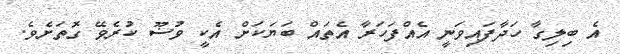
އެ ބިލިގާ ހަދާފައިވަނީ އެއްފަހަރާ އެތައް ބަޔަކަށް އެކީ ވުޟޫ ކުރެވޭ ގޮތަށެވެ.